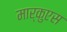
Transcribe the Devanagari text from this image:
मार्कुएस